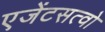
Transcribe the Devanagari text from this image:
एजेंटसत्वो